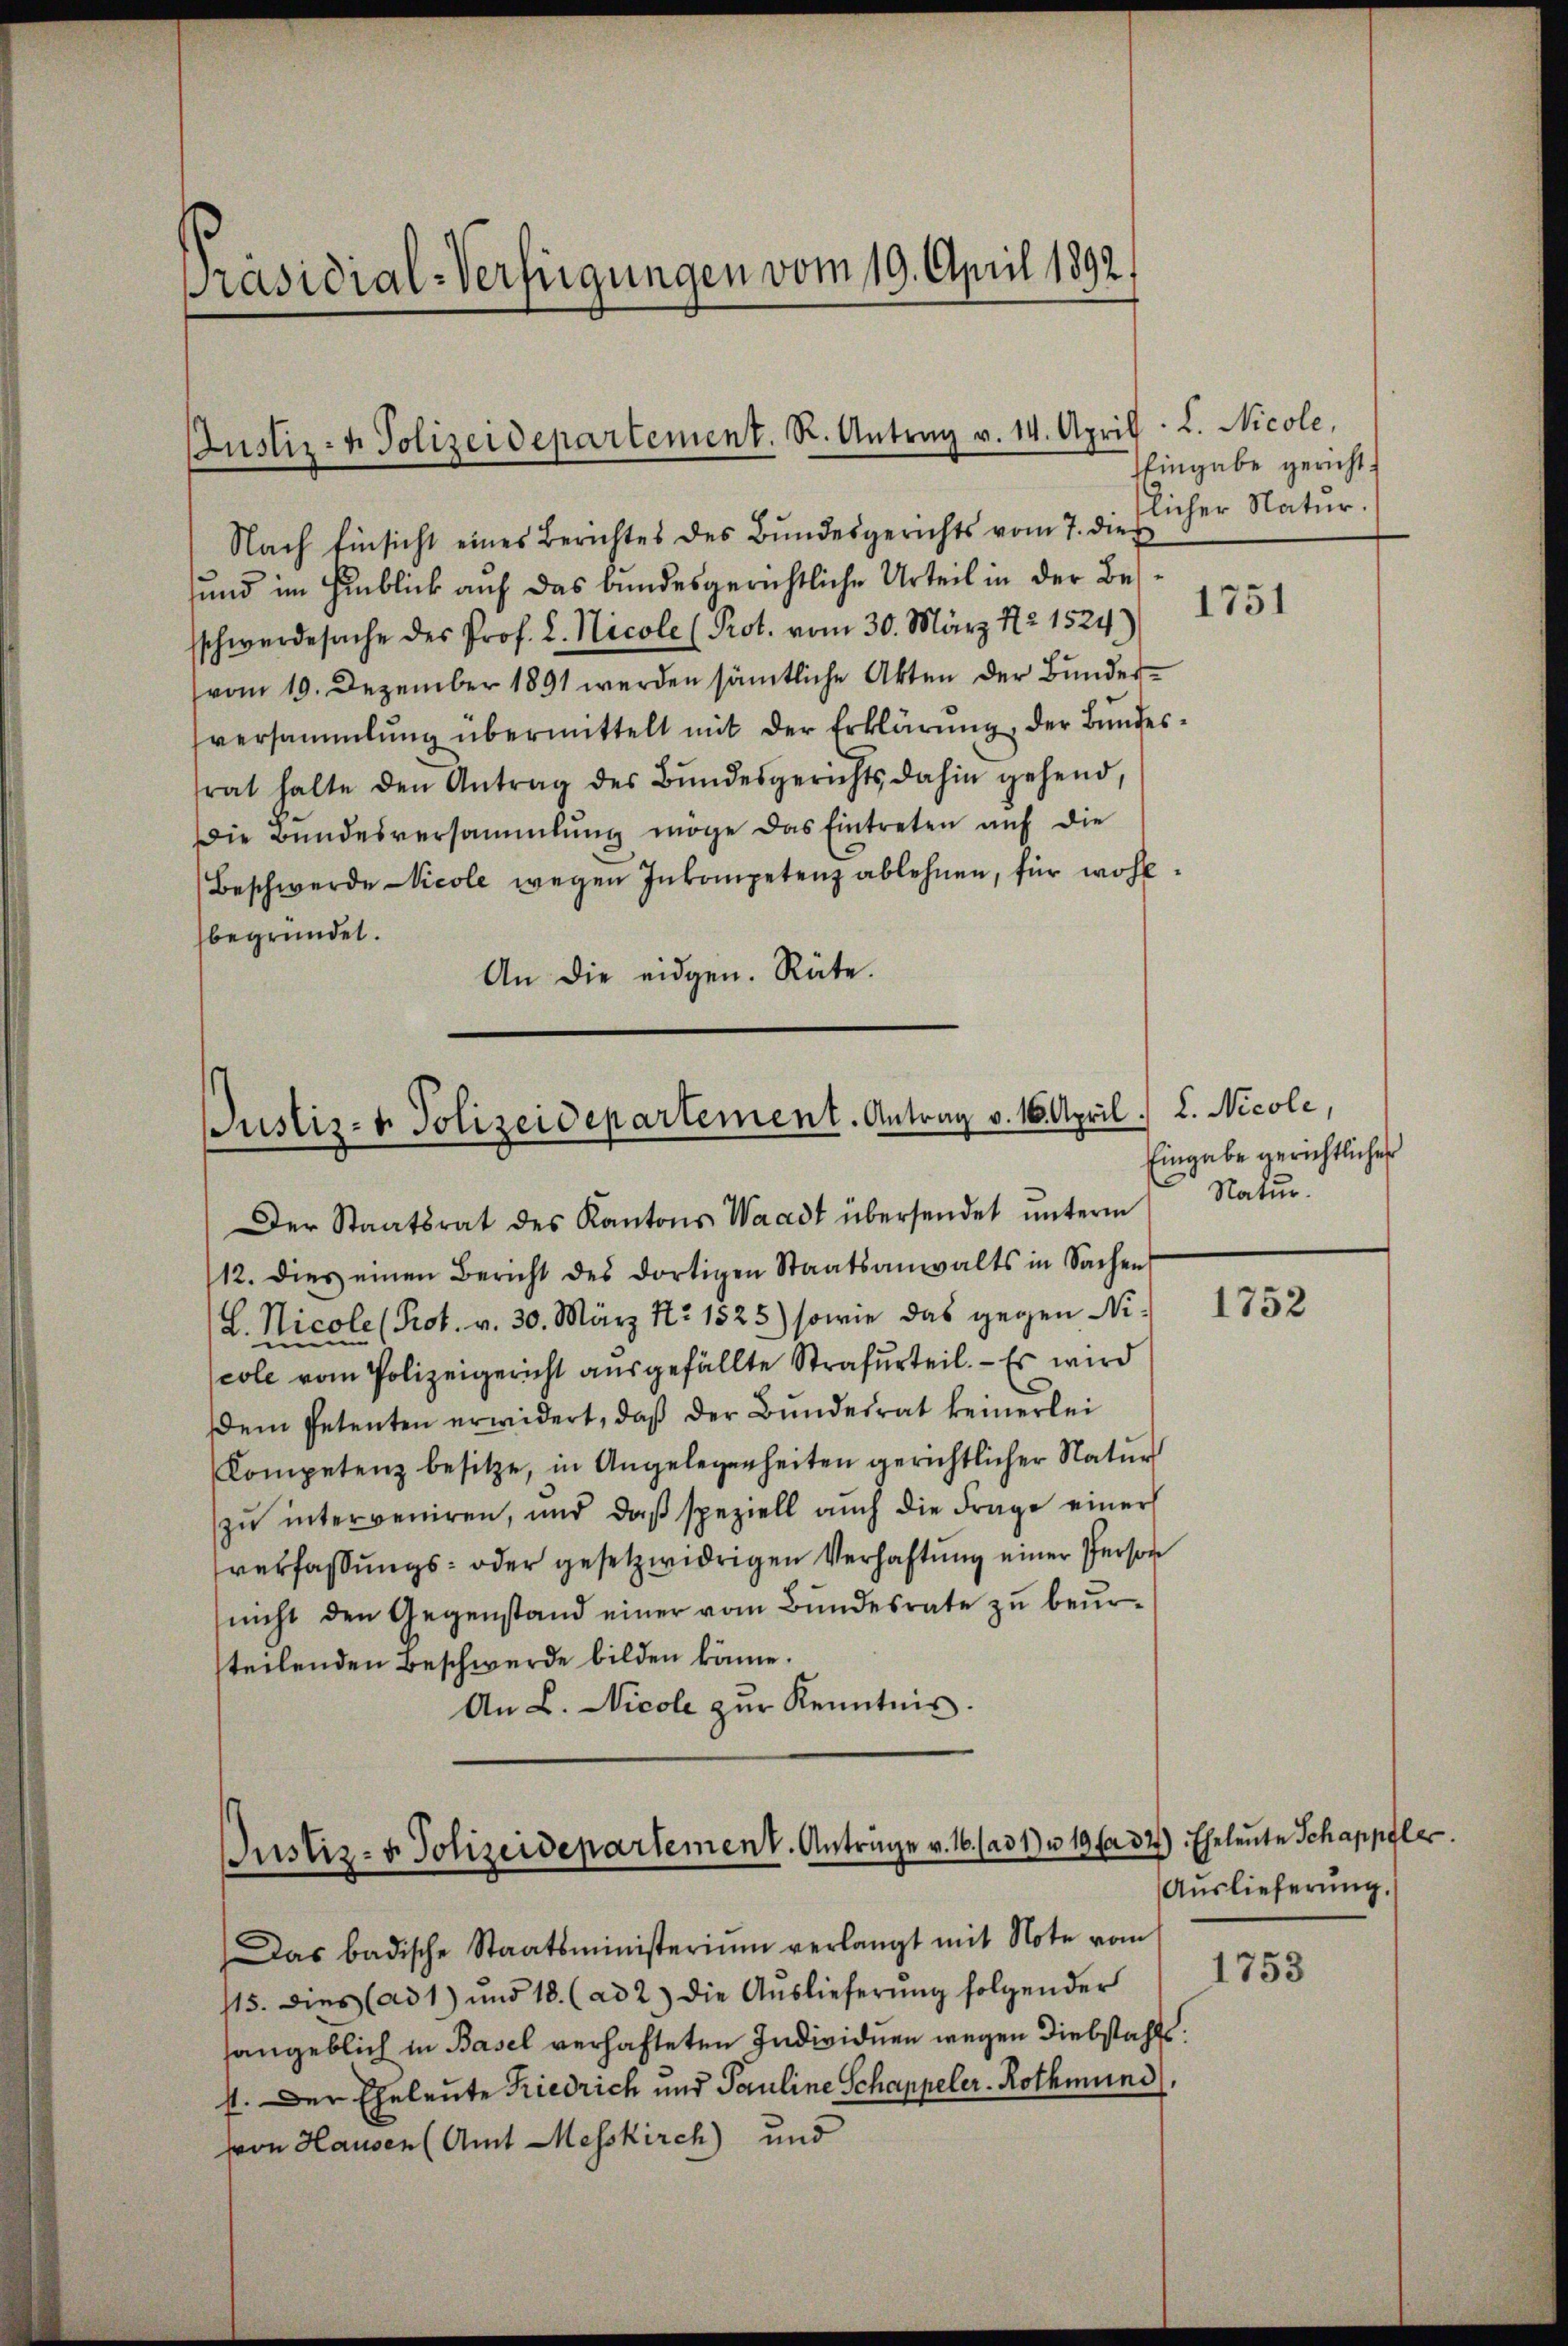
Präsidial-Verfügungen vom 19. April 1892.

Justiz- & Polizeidepartement. R. Antrag v. 14. April. L. Nicole,

Justiz- & Polizeidepartement. Antrag v. 16. April. L. Nicole,

Nach Einsicht eines Berichtes des Bundesgerichts vom 7. die
und im Hinblick auf das bundesgerichtliche Urteil in der Bessschwerdesache des Prof. L. Nicole (Prot. vom 30. März 21524)
vom 19. Dezember 1891 werden sämtliche Akten der Bundersversammlung übermittelt mit der Erklärŭng, der Bŭndesrat halte den Antrag des Bŭndesgerichts dahin gehend,
Die Bundesversammlung möge das Eintreten auf die
Beschwerde Nicole wegen Inkompetenz ablehnen, für wohlbegründet.
An die eidgen. Räte.

Der Staatsrat des Kantons Waadt übersendet ŭnterm
12. dies einen Bericht des dortigen Staatsanwalts in Sachen
L. Nicole (Prot. v. 30. März Nr. 1525) sowie das gegen Nicole vom Polizeigericht ausgefällte Strafurteil. — Es wird
Dem Petenten erwidert, daß der Bundesrat keinerlei
Kompetenz besitze, in Angelegenheiten gerichtlicher Natur
zu interveniren, und daß speziell auch die Frage einer
verfassungs- oder gesetzwidrigen Verhaftung einer Person
nicht den Gegenstand einer vom Bundesrate zu beursteilenden Beschwerde bilden könne.
An L. Nicole zur Kenntnis.

Justiz- & Polizeidepartement. Anträge v. 16. (ad 1) u. 19 f 3

Eingabe gericht.
tlicher Natur.

Das badische Staatsministerium verlangt mit Note vom
115. dies (ad 1) und 18. (ad 2.) die Aŭslieferŭng folgender
sangeblich in Basel verhafteten Individuen wegen Diebstahls
st. Der Eheleute Friedrich und Pauline Schappeler-Rothmünd,
von Hausen (Amt Messkirch) und

1751

Eingabe gerichtliches
Natur.

1752

2) Eheleute Schappfler.
Auslieferŭng.

1753